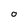
Character: O